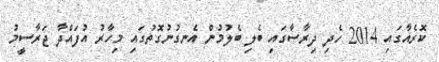
ކޮރެއާގައި 2014 ހެދި ދިރާސާގައި ބެލި ބެލުމުން އެނގުނުގޮތުގައި މިހާރު އުފައްދާ ޖަރާސީމު